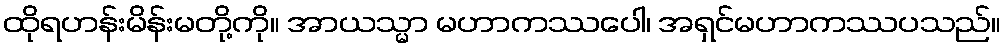
ထိုရဟန်းမိန်းမတို့ကို။ အာယသ္မာ မဟာကဿပေါ၊ အရှင်မဟာကဿပသည်။